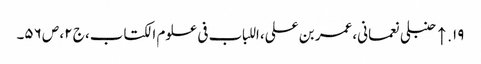
۱۹. ↑ حنبلی نعمانی، عمر بن علی، اللباب فی علوم الکتاب، ج ۲، ص ۵۶۔